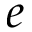
e